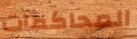
المحاكمات